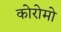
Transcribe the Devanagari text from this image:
कोरोमो